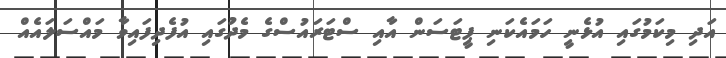
އަދި މިކަމުގައި އުޅެނީ ހަމައެކަނި ޕީޓަސަން އާއި ސްޓަރައުސްގެ މެދުގައި އުފެދިފައިވާ މައްސަލައެއް